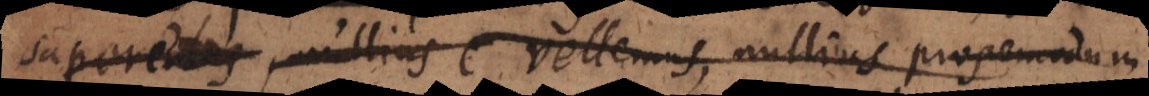
saperemus, nullius vellemus, nullius propemodum